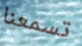
تسمعنا